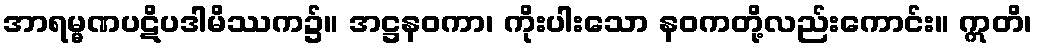
အာရမ္မဏပဋိပဒါမိဿက၌။ အဋ္ဌနဝကာ၊ ကိုးပါးသော နဝကတို့လည်းကောင်း။ ဣတိ၊